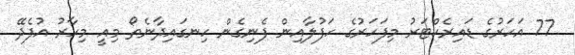
77 އަހަރުގެ ޑައިރެކްޓަރު މިފަހަރުގެ ހަފުލާއިން ފެނިގެން ހިނގައިދާނެތޯ މިއީ މިހާރު އުފެދޭ